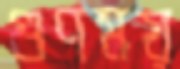
গুণময়